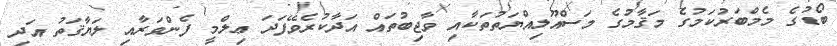
ބޯޑުގެ މެމްބަރުކަމުގެ މަޤާމުގެ މަސްއޫލިއްޔަތުތަކާއި ވާޖިބުތައް އަދާކުރެވޭފަދަ ޢިލްމީ ފެންވަރާއި ލަޔާޤަތު އަދި